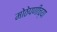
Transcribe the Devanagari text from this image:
मोठेपणीच्या